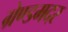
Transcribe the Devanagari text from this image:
ग्रेण्डमदर